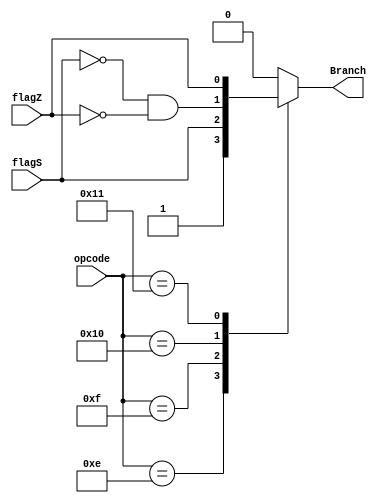
module branch_controller (
    input [5:0] opcode,
    input flagZ,
    input flagS,
    output reg Branch           //1 for Branch, 0 othw
);
    initial begin
        Branch = 0;
    end

    always @(*) begin
        case (opcode)
            6'b001110: begin 
                Branch <= 1;     //BR
            end
            6'b001111: begin
                Branch <= flagS; //BMI
            end
            6'b010000: begin
                Branch <= ~flagS & ~flagZ; //BPL
            end
            6'b010001: begin
                Branch <= flagZ; //BZ
            end
            default:
                Branch <= 0;     //Default Value: Do nothing
        endcase
    end
endmodule